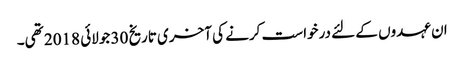
ان عہدوں کے لئے درخواست کرنے کی آخری تاریخ 30 جولائی 2018 تھی۔